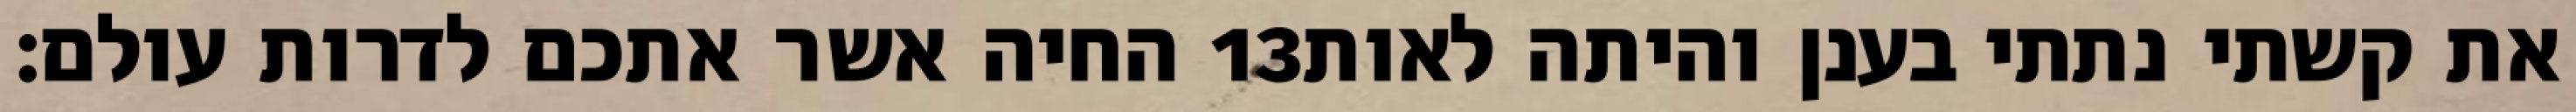
החיה אשר אתכם לדרות עולם׃ ‎13‏ את קשתי נתתי בענן והיתה לאות